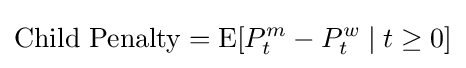
{\text{Child Penalty}}=\mathrm {E} [P_{t}^{m}-P_{t}^{w}\mid t\geq 0]